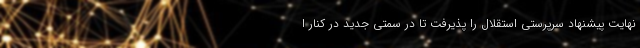
نهایت پیشنهاد سرپرستی استقلال را پذیرفت تا در سمتی جدید در کنار ا